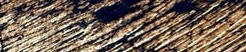
Speed Limit 60